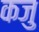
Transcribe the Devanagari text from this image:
कजु